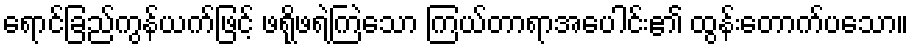
ရောင်ခြည်ကွန်ယက်ဖြင့် ဖရိုဖရဲကြဲသော ကြယ်တာရာအပေါင်း၏ ထွန်းတောက်ပသော။